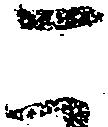
こ